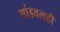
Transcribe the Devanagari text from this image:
भांडवलही